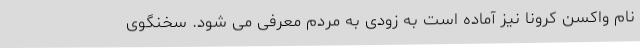
نام واکسن کرونا نیز آماده است به زودی به مردم معرفی می شود. سخنگوی